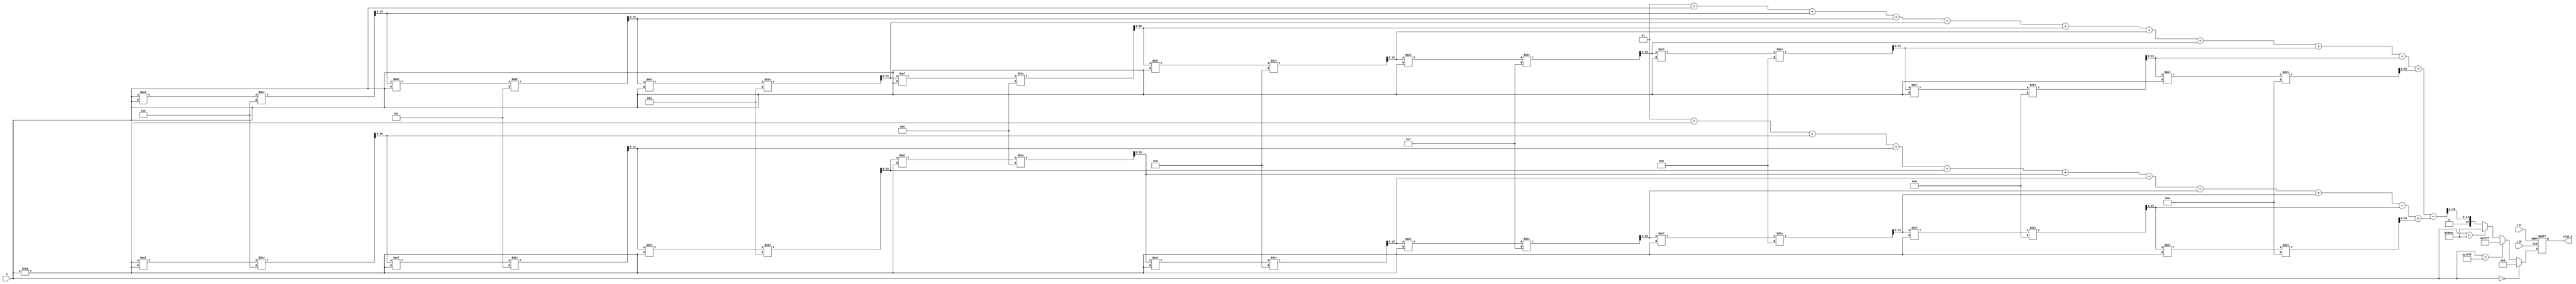
module sinh_arithmetic_block (
    input wire signed [15:0] X,      // Input value (fixed-point representation)
    output reg signed [15:0] sinh_X,  // Output value (sinh(X))
    input wire clk,                   // Clock signal
    input wire rst                    // Reset signal
);

    // Internal signals
    wire signed [15:0] exp_X;         // e^X
    wire signed [15:0] exp_neg_X;     // e^(-X)
    wire signed [15:0] exp_diff;       // e^X - e^(-X)
    wire signed [15:0] exp_div;        // (e^X - e^(-X)) / 2

    // Exponential approximation using Taylor series
    function signed [15:0] exp_approx(input signed [15:0] x);
        reg signed [15:0] term;
        reg signed [15:0] sum;
        integer i;
        begin
            term = x; // First term is x
            sum = 16'h0001; // e^0 = 1
            for (i = 1; i <= 10; i = i + 1) begin
                sum = sum + term;
                term = (term * x) / (i + 1); // Calculate next term
            end
            exp_approx = sum;
        end
    endfunction

    // Compute e^X and e^(-X)
    assign exp_X = exp_approx(X);
    assign exp_neg_X = exp_approx(-X);

    // Compute e^X - e^(-X)
    assign exp_diff = exp_X - exp_neg_X;

    // Compute (e^X - e^(-X)) / 2
    assign exp_div = exp_diff >> 1; // Right shift by 1 for division by 2

    // Special case handling
    always @(posedge clk or posedge rst) begin
        if (rst) begin
            sinh_X <= 16'h0000; // Reset output to 0
        end else begin
            if (X == 16'h0000) begin
                sinh_X <= 16'h0000; // sinh(0) = 0
            end else if (X > 16'h7FFF) begin
                sinh_X <= 16'h7FFF; // Saturate for large positive X
            end else if (X < -16'h7FFF) begin
                sinh_X <= -16'h7FFF; // Saturate for large negative X
            end else begin
                sinh_X <= exp_div; // Normal case
            end
        end
    end

endmodule